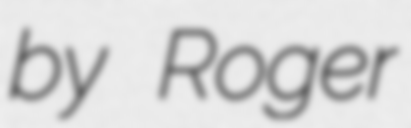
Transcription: by Roger